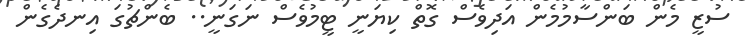
ސުޒީ މެން ބަންސާމުމެން އަދިވެސް ގޮތް ކިޔަނީ ޓީމުވެސް ނަގަނީ.. ބެންޗުގަ އިނދެގެން